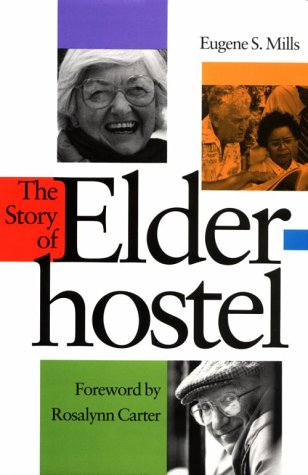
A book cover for The Story of Elderhostel; Eugene S. Mills; Travel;